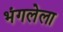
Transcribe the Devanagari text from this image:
भंगलेला